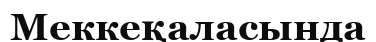
Меккеқаласында